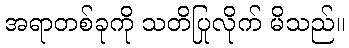
အရာတစ်ခုကို သတိပြုလိုက် မိသည်။